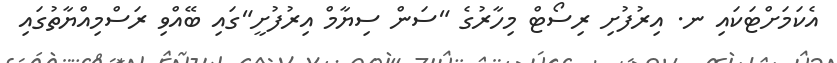
އެކަމަށްޓަކައި ނ. އިރުފުށި ރިސޯޓް މިހާރުގެ "ސަން ސިޔާމް އިރުފުށީ"ގައި ބޭއްވި ރަސްމިއްޔާތުގައި